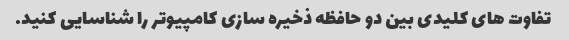
تفاوت های کلیدی بین دو حافظه ذخیره سازی کامپیوتر را شناسایی کنید.